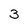
Character: 3